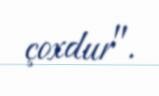
çoxdur".